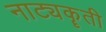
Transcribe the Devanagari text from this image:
नाट्यकॄती